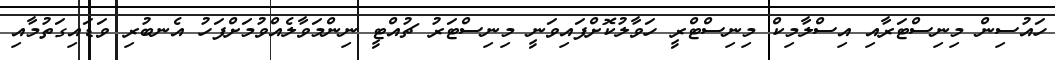
ހައުސިން މިނިސްޓަރާއި އިސްލާމިކް މިނިސްޓްރީ ހަވާލުކޮށްފައިވަނީ މިނިސްޓަރު ޗުއްޓީ ނިންމަވާލެއްވުމަށްފަހު އެނބުރި ވަޑައިގަތުމާއި